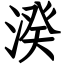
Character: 湀